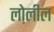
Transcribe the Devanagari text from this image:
लोलील